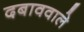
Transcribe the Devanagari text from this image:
दबाववाले